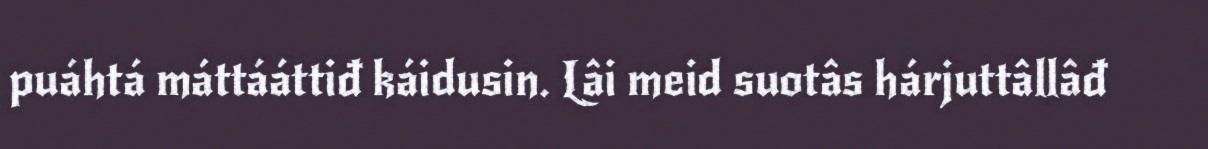
puáhtá máttááttiđ káidusin. Lâi meid suotâs hárjuttâllâđ